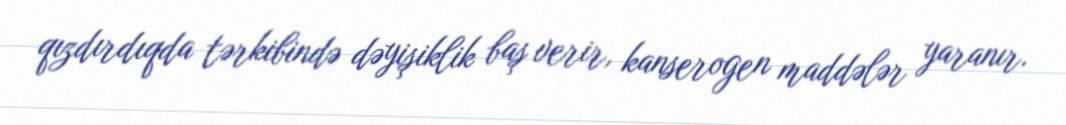
qızdırdıqda tərkibində dəyişiklik baş verir, kanserogen maddələr yaranır.